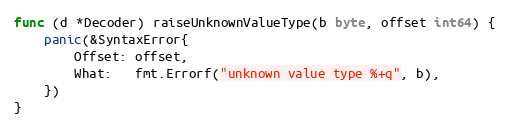
Language: Go
func (d *Decoder) raiseUnknownValueType(b byte, offset int64) {
	panic(&SyntaxError{
		Offset: offset,
		What:   fmt.Errorf("unknown value type %+q", b),
	})
}